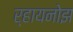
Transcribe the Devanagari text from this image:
र्‍हायनोझ